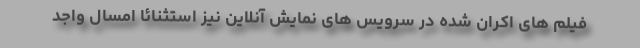
فیلم های اکران شده در سرویس های نمایش آنلاین نیز استثنائا امسال واجد